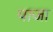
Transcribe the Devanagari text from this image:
पाजा